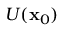
U ( \mathbf { x } _ { 0 } )